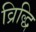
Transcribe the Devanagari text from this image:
व्रिद्धि